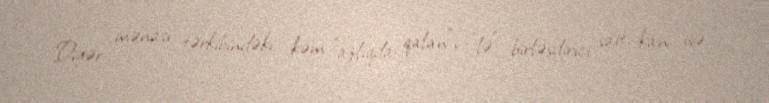
Digər mənası tərkibindəki kəm "azlıqda qalan", "lə" birləşdirici sait, kan isə